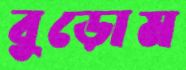
বুড়োম